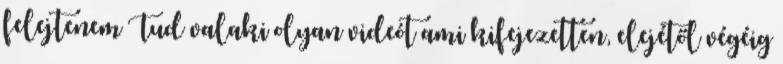
felejtenem Tud valaki olyan videót ami kifejezetten, elejétől végéig